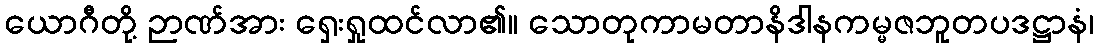
ယောဂီတို့ ဉာဏ်အား ရှေးရှုထင်လာ၏။ သောတုကာမတာနိဒါနကမ္မဇဘူတပဒဋ္ဌာနံ၊